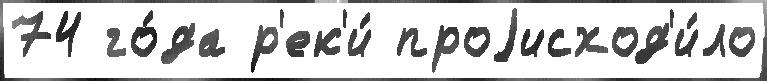
74 го́да р'ек'и́ проjисход'и́ло